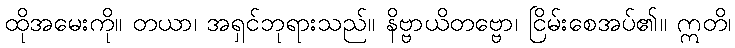
ထိုအမေးကို။ တယာ၊ အရှင်ဘုရားသည်။ နိဗ္ဗာယိတဗ္ဗော၊ ငြိမ်းစေအပ်၏။ ဣတိ၊